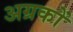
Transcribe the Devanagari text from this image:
अग्रकों